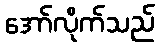
အော်လိုက်သည်